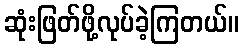
ဆုံးဖြတ်ဖို့လုပ်ခဲ့ကြတယ်။